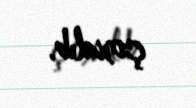
çoxalıb.